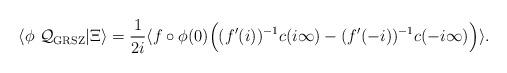
LaTeX: \begin{align*}\langle \phi\ {\cal Q_{\mathrm{GRSZ}}} | \Xi \rangle = {1\over 2i} \langle f \circ \phi(0) \Bigl((f'(i))^{-1} c(i \infty) - (f'(-i))^{-1} c(-i \infty) \Bigr) \rangle.\end{align*}